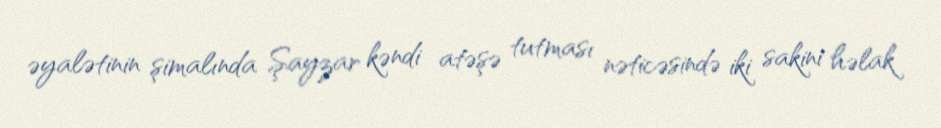
əyalətinin şimalında Şayzar kəndi atəşə tutması nəticəsində iki sakini həlak